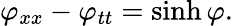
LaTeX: \varphi_{xx}-\varphi_{tt}=\sinh\varphi.